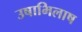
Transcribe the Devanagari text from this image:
उषाभिलाष